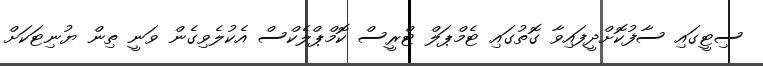
ސިޓީގައި ސާފުކޮށްދީފައިވާ ގޮތުގައި ޓެމްޕަލް ޓްރީސް ކޮމްޕްލެކްސް އެކުލެވިގެން ވަނީ ތިން ޔުނިޓަކަށް